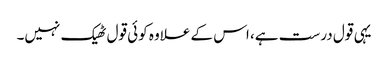
یہی قول درست ہے، اس کے علاوہ کوئی قول ٹھیک نہیں۔